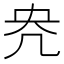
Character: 𭂰